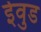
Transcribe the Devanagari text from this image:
ईवुड